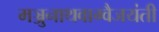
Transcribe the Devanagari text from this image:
मञ्जुनाथवाग्वैजयंती